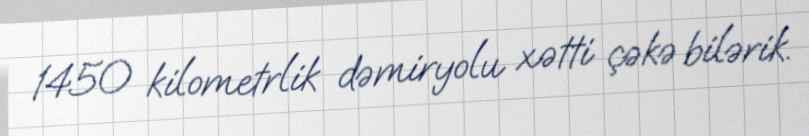
1450 kilometrlik dəmiryolu xətti çəkə bilərik.